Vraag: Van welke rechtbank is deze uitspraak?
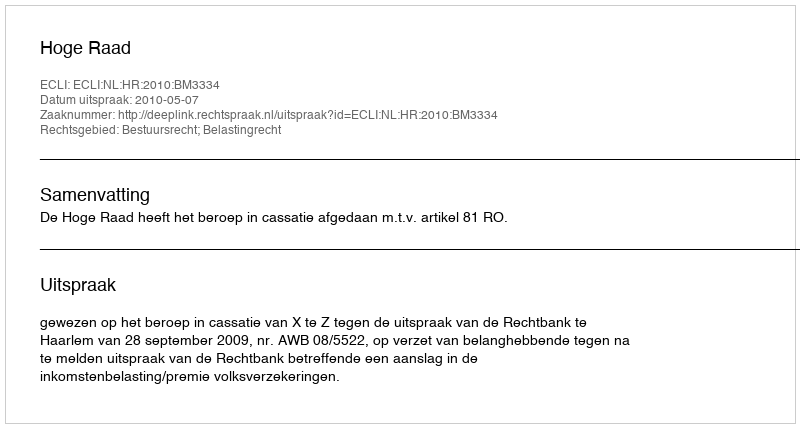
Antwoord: Hoge Raad